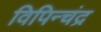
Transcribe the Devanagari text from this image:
विपिन्चंद्र